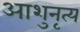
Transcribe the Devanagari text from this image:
आशुनृत्य